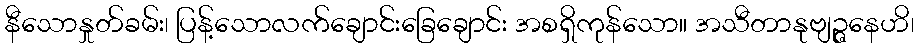
နီသောနှုတ်ခမ်း၊ ပြန့်သောလက်ချောင်းခြေချောင်း အစရှိကုန်သော။ အသီတာနုဗျဉ္ဇနေဟိ၊